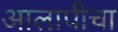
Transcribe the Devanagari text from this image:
आलापीचा